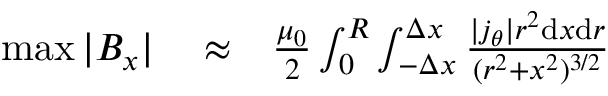
\begin{array} { r l r } { \operatorname* { m a x } | B _ { x } | } & { { } \approx } & { \frac { \mu _ { 0 } } { 2 } \int _ { 0 } ^ { R } \int _ { - \Delta x } ^ { \Delta x } \frac { | j _ { \theta } | r ^ { 2 } \mathrm { d } x \mathrm { d } r } { ( r ^ { 2 } + x ^ { 2 } ) ^ { 3 / 2 } } } \end{array}